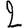
Digit: 2